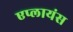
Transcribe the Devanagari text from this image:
एप्लायंस